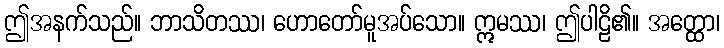
ဤအနက်သည်။ ဘာသိတဿ၊ ဟောတော်မူအပ်သော။ ဣမဿ၊ ဤပါဠိ၏။ အတ္ထော၊